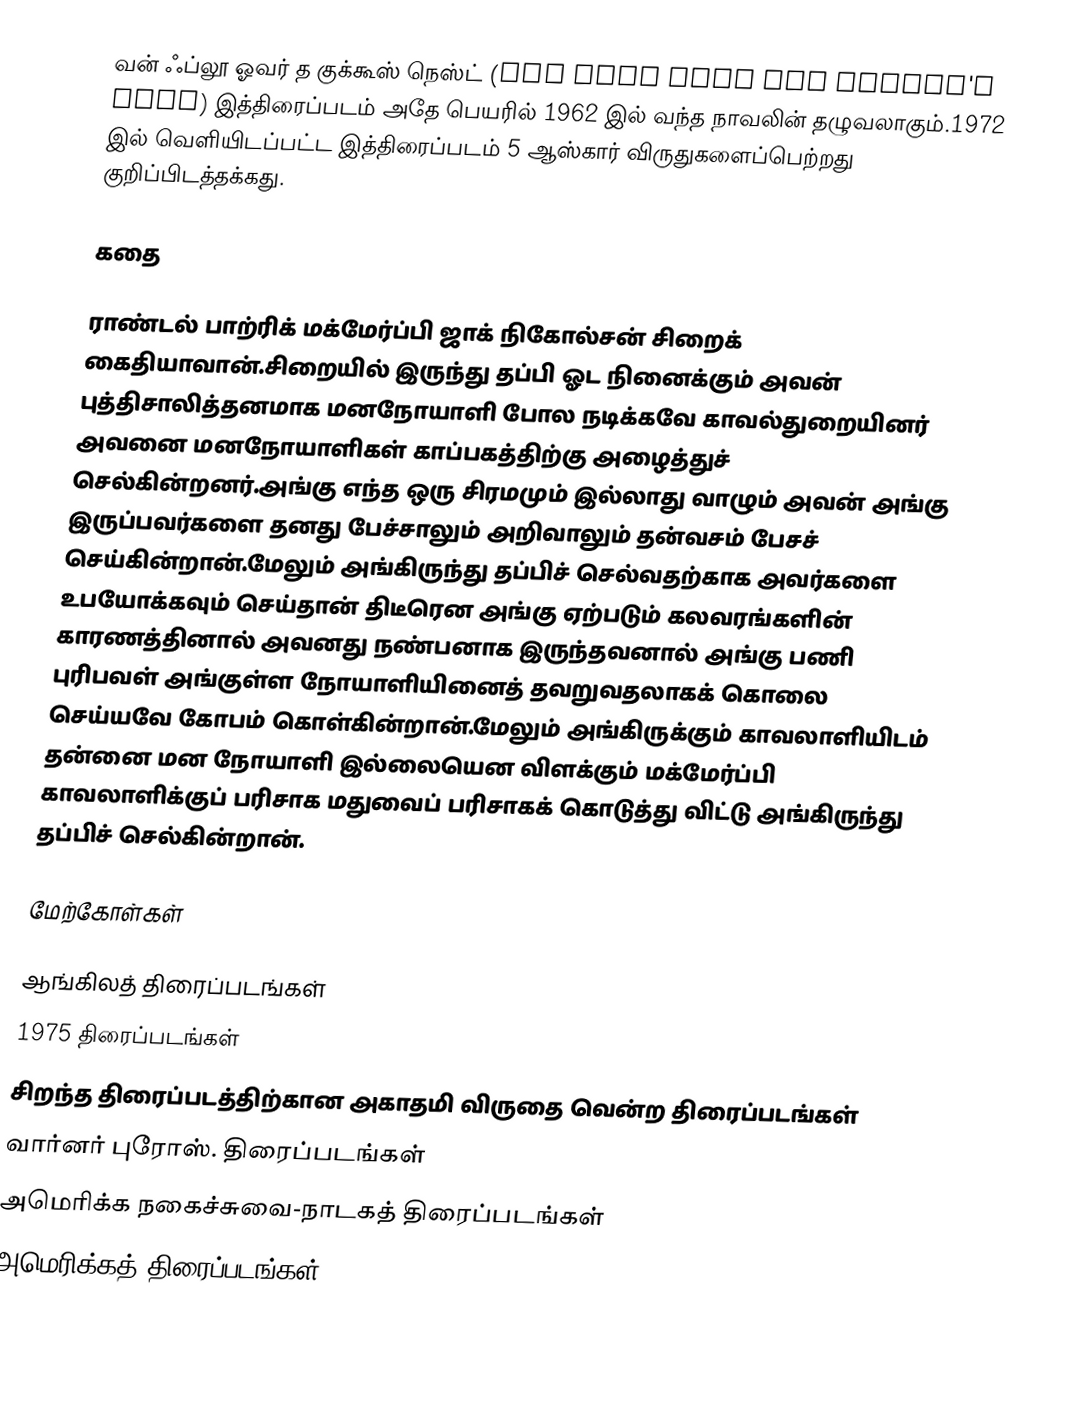
வன் ஃப்லூ ஓவர் த குக்கூஸ் நெஸ்ட் (One Flew Over the Cuckoo's Nest) இத்திரைப்படம் அதே பெயரில் 1962 இல் வந்த நாவலின் தழுவலாகும்.1972 இல் வெளியிடப்பட்ட இத்திரைப்படம் 5 ஆஸ்கார் விருதுகளைப்பெற்றது குறிப்பிடத்தக்கது.

கதை

ராண்டல் பாற்ரிக் மக்மேர்ப்பி ஜாக் நிகோல்சன் சிறைக் கைதியாவான்.சிறையில் இருந்து தப்பி ஓட நினைக்கும் அவன் புத்திசாலித்தனமாக மனநோயாளி போல நடிக்கவே காவல்துறையினர் அவனை மனநோயாளிகள் காப்பகத்திற்கு அழைத்துச் செல்கின்றனர்.அங்கு எந்த ஒரு சிரமமும் இல்லாது வாழும் அவன் அங்கு இருப்பவர்களை தனது பேச்சாலும் அறிவாலும் தன்வசம் பேசச் செய்கின்றான்.மேலும் அங்கிருந்து தப்பிச் செல்வதற்காக அவர்களை உபயோக்கவும் செய்தான் திடீரென அங்கு ஏற்படும் கலவரங்களின் காரணத்தினால் அவனது நண்பனாக இருந்தவனால் அங்கு பணி புரிபவள் அங்குள்ள நோயாளியினைத் தவறுவதலாகக் கொலை செய்யவே கோபம் கொள்கின்றான்.மேலும் அங்கிருக்கும் காவலாளியிடம் தன்னை மன நோயாளி இல்லையென விளக்கும் மக்மேர்ப்பி காவலாளிக்குப் பரிசாக மதுவைப் பரிசாகக் கொடுத்து விட்டு அங்கிருந்து தப்பிச் செல்கின்றான்.

மேற்கோள்கள்

ஆங்கிலத் திரைப்படங்கள்
1975 திரைப்படங்கள்
சிறந்த திரைப்படத்திற்கான அகாதமி விருதை வென்ற திரைப்படங்கள்
வார்னர் புரோஸ். திரைப்படங்கள்
அமெரிக்க நகைச்சுவை-நாடகத் திரைப்படங்கள்
அமெரிக்கத் திரைப்படங்கள்